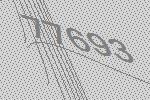
77693